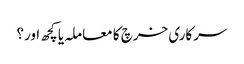
سرکاری خرچ کا معاملہ یا کچھ اور؟